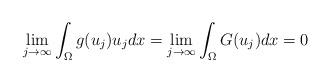
LaTeX: \begin{align*}\lim_{j\to\infty}\int_\Omega g(u_j) u_j dx = \lim_{j\to\infty}\int_\Omega G(u_j) dx = 0\end{align*}